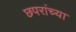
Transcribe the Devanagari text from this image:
छपरांच्या